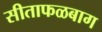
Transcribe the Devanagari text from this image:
सीताफळबाग